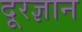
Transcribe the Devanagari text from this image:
दूरज्ञान